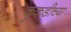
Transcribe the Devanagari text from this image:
कुकडीच्या